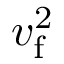
v _ { \mathrm { f } } ^ { 2 }